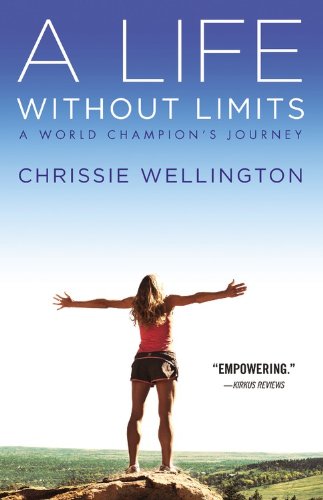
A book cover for A Life Without Limits: A World Champion's Journey; Chrissie Wellington; Health, Fitness & Dieting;